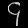
Digit: ၄